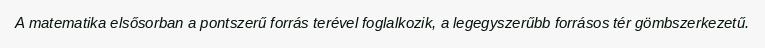
A matematika elsősorban a pontszerű forrás terével foglalkozik, a legegyszerűbb forrásos tér gömbszerkezetű.